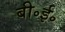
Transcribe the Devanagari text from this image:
बी॰ई॰